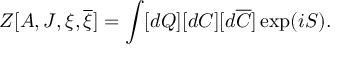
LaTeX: Z [ A , J , \xi , \overline { { { \xi } } } ] = \int [ d Q ] [ d C ] [ d \overline { { { C } } } ] \exp ( i S ) .